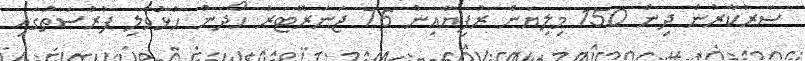
ސަރުކާރުން ދިން 150 މިލިޔަން ރުފިޔާއިން 76 ޖަނަރޭޓަރު ހޯދަން ހުޅުވާލި ފުރުސަތުގައި